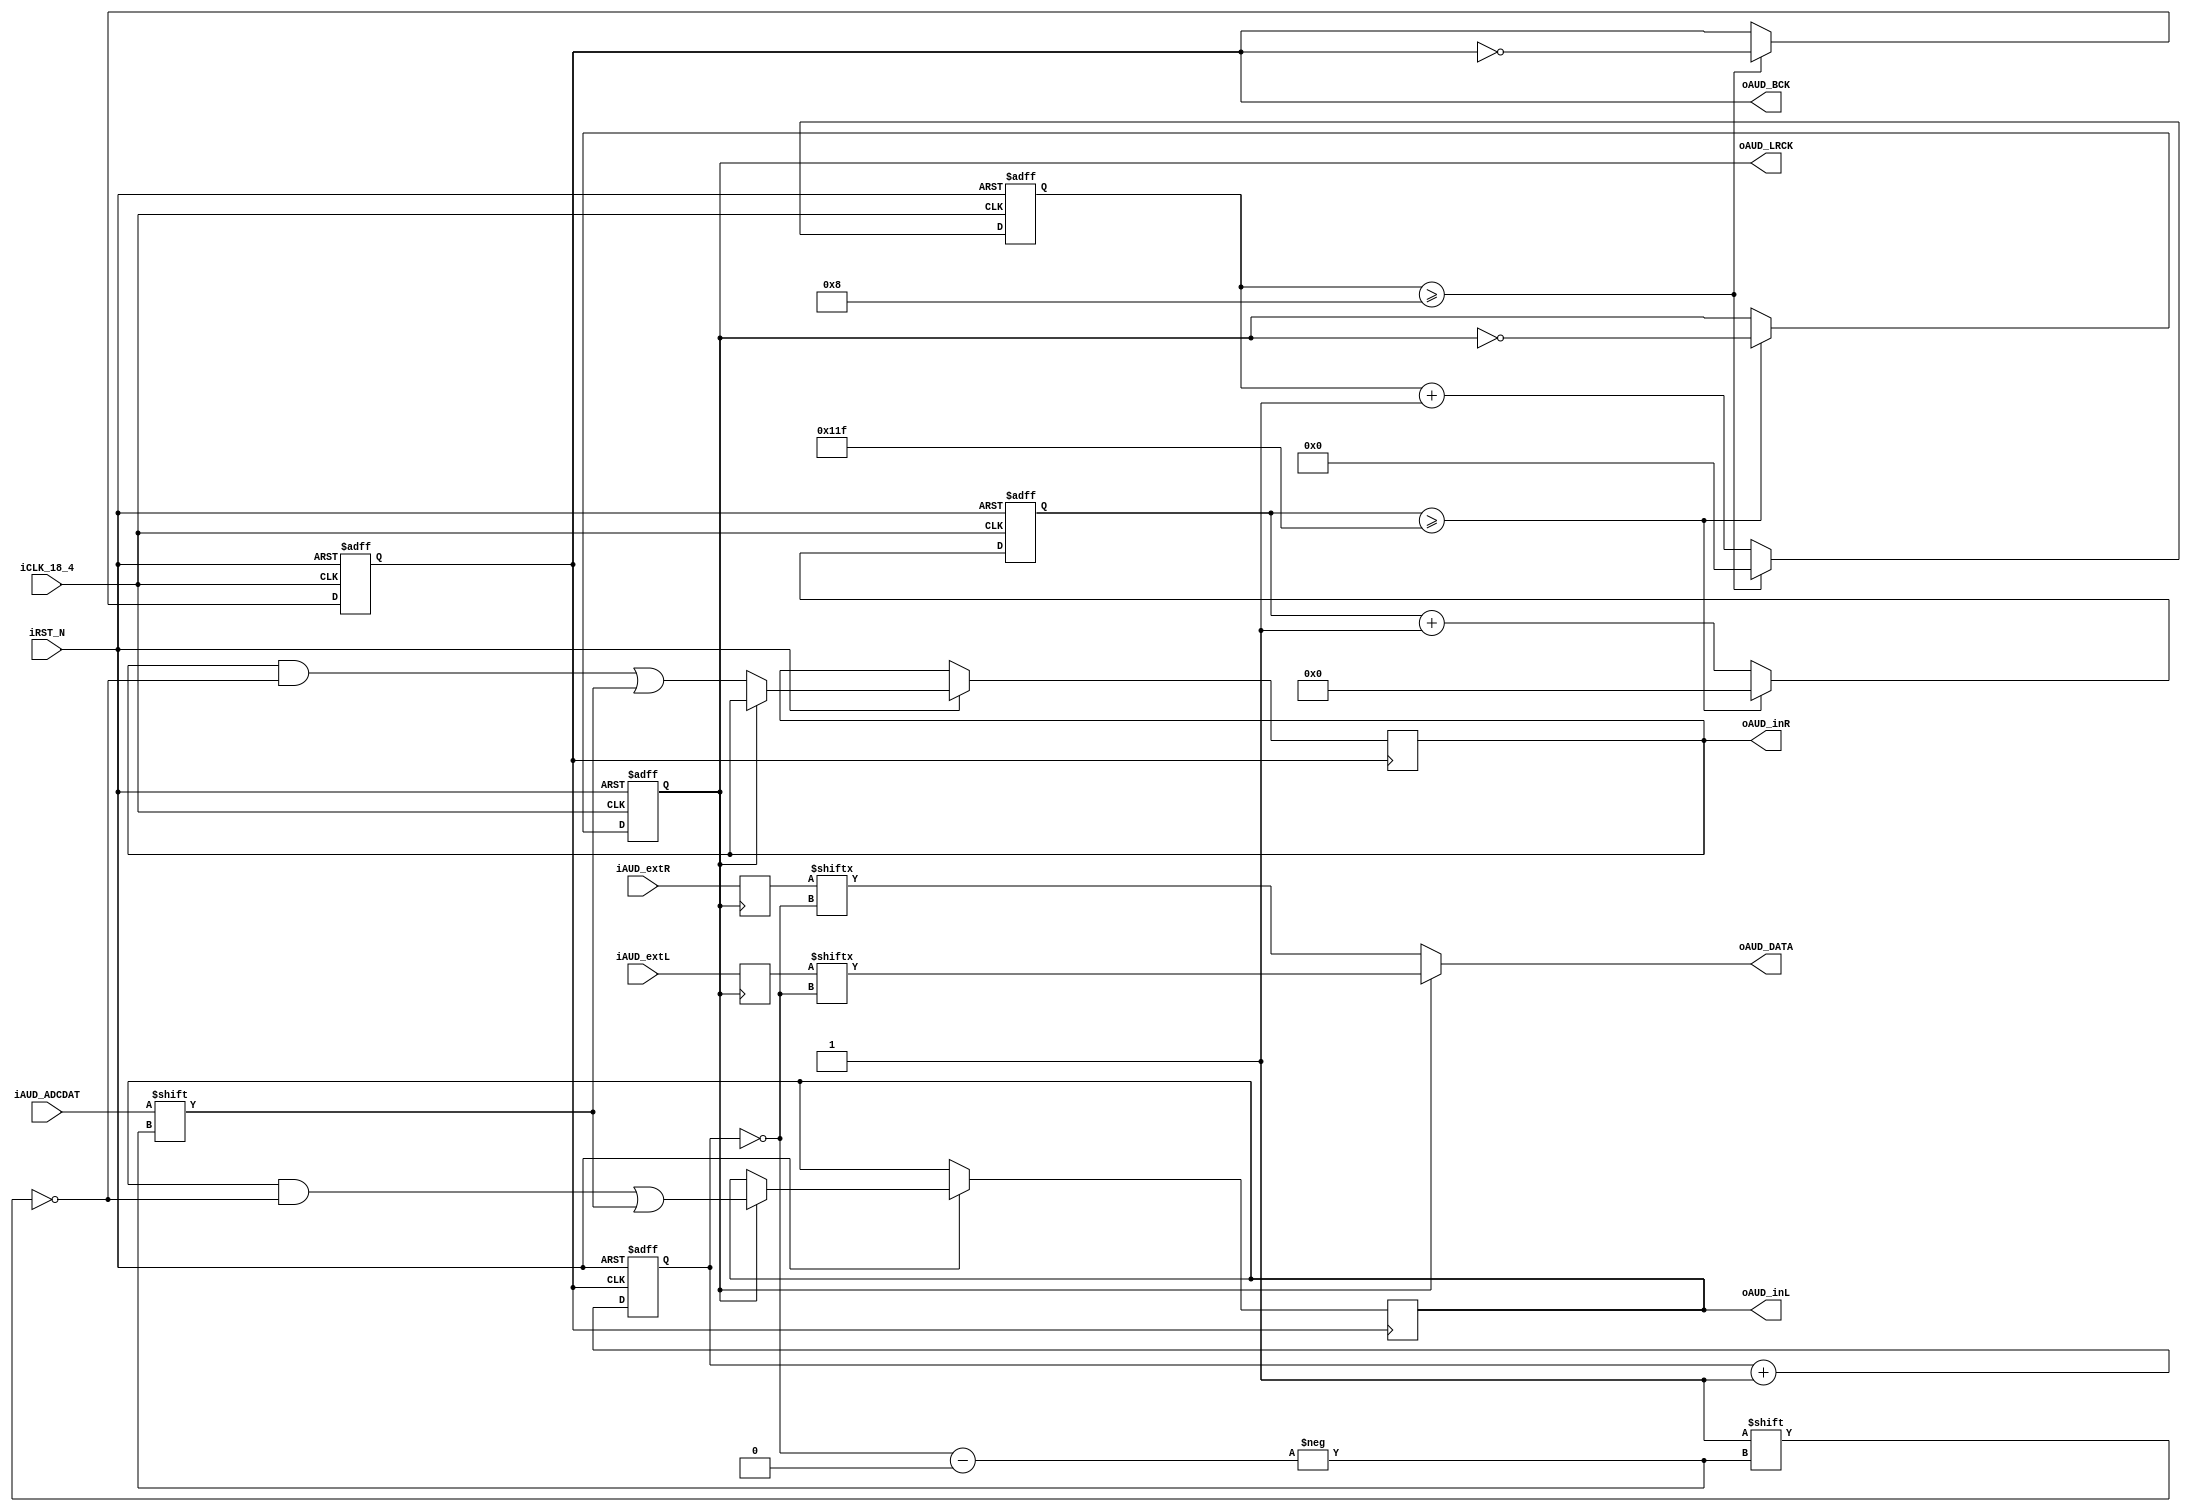

module AUDIO_DAC_ADC ( 
    oAUD_BCK,
    oAUD_DATA,
    oAUD_LRCK,
    oAUD_inL,
    oAUD_inR,
    iAUD_ADCDAT,
    iAUD_extR,
    iAUD_extL,
    // Control Signals
    iCLK_18_4,
    iRST_N  
);

parameter REF_CLK     = 18432000; // 18.432  MHz
parameter SAMPLE_RATE = 32000;    // 32      KHz
parameter DATA_WIDTH  = 16;       // 16      Bits
parameter CHANNEL_NUM = 2;        // Dual Channel

// audio input FROM top-level module
input signed [DATA_WIDTH-1:0]  iAUD_extR, iAUD_extL;
// audio output TO top-level module
output signed [DATA_WIDTH-1:0] oAUD_inL, oAUD_inR;

// Audio Side
output     oAUD_DATA;
output     oAUD_LRCK;
output reg oAUD_BCK;
input      iAUD_ADCDAT;
// Control Signals
input      iCLK_18_4;
input      iRST_N;
// Internal Registers and Wires
reg [3:0]  BCK_DIV;
reg [8:0]  LRCK_1X_DIV;
reg [7:0]  LRCK_2X_DIV;
reg [6:0]  LRCK_4X_DIV;
reg [3:0]  SEL_Cont;

// to DAC and from ADC
reg signed [DATA_WIDTH-1:0] AUD_outL, AUD_outR;
reg signed [DATA_WIDTH-1:0] AUD_inL, AUD_inR;

reg LRCK_1X;
reg LRCK_2X;
reg LRCK_4X;
wire [3:0] bit_in;

//////////////////////////////////////////////////
////////////    AUD_BCK Generator   //////////////
/////////////////////////////////////////////////
always @ (posedge iCLK_18_4 or negedge iRST_N)
begin
    if(!iRST_N)
    begin
        BCK_DIV <= 0;
        oAUD_BCK <= 0;
    end
    else
    begin
        if (BCK_DIV >= REF_CLK/(SAMPLE_RATE*DATA_WIDTH*CHANNEL_NUM*2)-1)
        begin
            BCK_DIV <= 0;
            oAUD_BCK <= ~oAUD_BCK;
        end
        else
			BCK_DIV <= BCK_DIV + 4'd1;
    end
end

//////////////////////////////////////////////////
////////////    AUD_LRCK Generator  //////////////
//oAUD_LRCK is high for left and low for right////
//////////////////////////////////////////////////
always @ (posedge iCLK_18_4 or negedge iRST_N)
begin
    if(!iRST_N)
    begin
        LRCK_1X_DIV <= 0;
        LRCK_2X_DIV <= 0;
        LRCK_4X_DIV <= 0;
        LRCK_1X     <= 0;
        LRCK_2X     <= 0;
        LRCK_4X     <= 0;
    end
    else
    begin
        // LRCK 1X
        if (LRCK_1X_DIV >= REF_CLK/(SAMPLE_RATE*2)-1)
        begin
            LRCK_1X_DIV <= 0;
            LRCK_1X <=  ~LRCK_1X;
        end
        else
			LRCK_1X_DIV <= LRCK_1X_DIV + 9'd1;
			
        // LRCK 2X
        if (LRCK_2X_DIV >= REF_CLK/(SAMPLE_RATE*4)-1)
        begin
            LRCK_2X_DIV <= 0;
            LRCK_2X <=  ~LRCK_2X;
        end
        else
			LRCK_2X_DIV <= LRCK_2X_DIV + 8'd1;
			    
        // LRCK 4X
        if (LRCK_4X_DIV >= REF_CLK/(SAMPLE_RATE*8)-1)
        begin
            LRCK_4X_DIV <= 0;
            LRCK_4X <=  ~LRCK_4X;
        end
        else
			LRCK_4X_DIV <= LRCK_4X_DIV + 7'd1;
    end
end

assign oAUD_LRCK = LRCK_1X;

//////////////////////////////////////////////////
//////////  16 Bits - MSB First //////////////////
/// Clocks in the ADC input
/// and sets up the output bit selector
/// and clocks out the DAC data
//////////////////////////////////////////////////
// first the ADC
always @ (negedge oAUD_BCK or negedge iRST_N)
begin
    if (!iRST_N) SEL_Cont <= 0;
    else
    begin
        SEL_Cont <= SEL_Cont + 4'd1; // 4 bit counter, so it wraps at 16
        if (LRCK_1X)
            AUD_inL[~(SEL_Cont)] <= iAUD_ADCDAT;
        else
            AUD_inR[~(SEL_Cont)] <= iAUD_ADCDAT;
    end
end
assign oAUD_inL = AUD_inL;
assign oAUD_inR = AUD_inR;

// now the DAC -- output the DAC bit-stream                 
assign oAUD_DATA = (LRCK_1X) ? AUD_outL[~SEL_Cont] : AUD_outR[~SEL_Cont];
                                                                            
// register the inputs  
always @ (negedge LRCK_1X)
begin
    AUD_outL <= iAUD_extL; 
end 
always @ (posedge LRCK_1X)
begin
    AUD_outR <= iAUD_extR; 
end 

endmodule